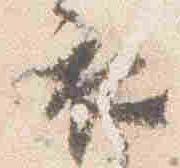
衣